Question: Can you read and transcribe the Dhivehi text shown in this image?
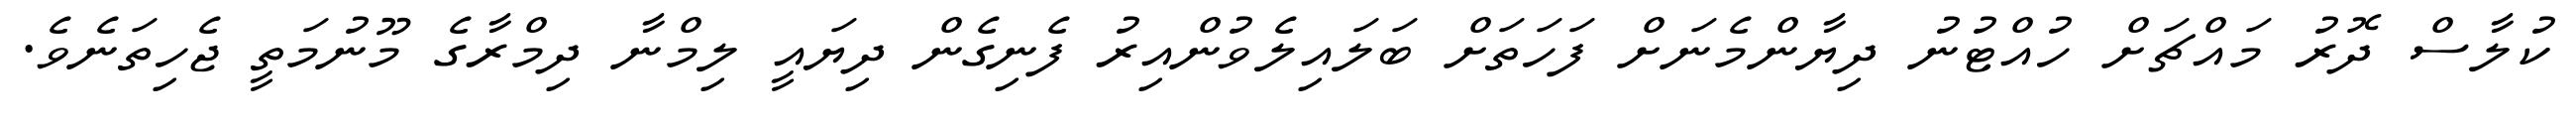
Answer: ކުލާސް ދޮރު މައްޗަށް ހުއްޓުނު ދިޔާންމެނަށް ފަހަތަށް ބަލައިލެވުންއިރު ފެނިގެން ދިޔައީ ލިމްނާ ދިމްރާގެ މޫނުމަތީ ޖެހިތަނެވެ.